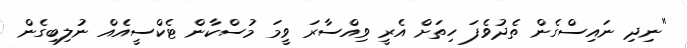
"ނިދި ނައިސްގެން ތެދުވެފަ ހިތަށް އެރީ ވިއްސާރަ ވީމަ މުސްކާން ޓެކްސީއެއް ނުލިބިގެން